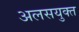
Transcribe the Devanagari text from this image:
अलसयुक्त